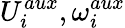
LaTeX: U_{i}^{aux},\omega_{i}^{aux}